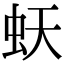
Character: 𧉂